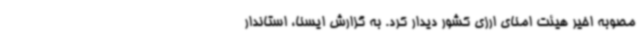
مصوبه اخیر هیئت امنای ارزی کشور دیدار کرد. به گزارش ایسنا، استاندار